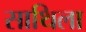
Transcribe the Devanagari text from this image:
साथिला